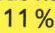
11 %